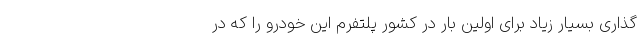
گذاری بسیار زیاد برای اولین بار در کشور پلتفرم این خودرو را که در